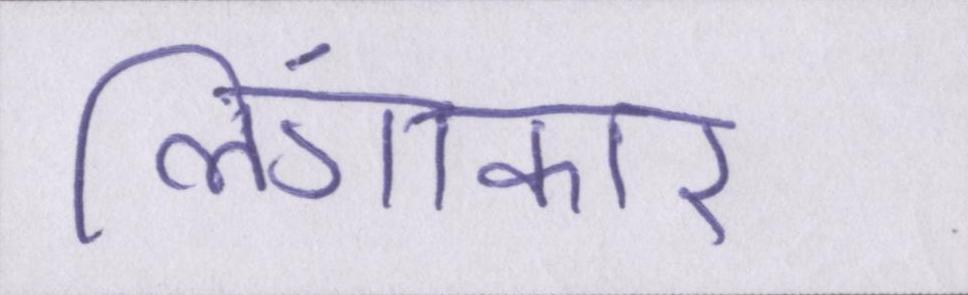
लिंगाकार